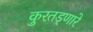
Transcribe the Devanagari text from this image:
कुरतड्णारे